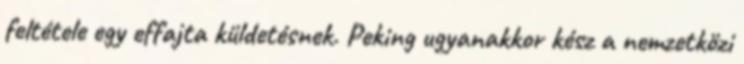
feltétele egy effajta küldetésnek. Peking ugyanakkor kész a nemzetközi